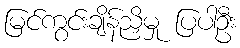
မြင်ကွင်းချိန်ညှိမှု ပြပါဦး